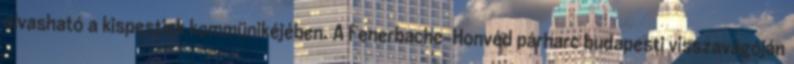
olvasható a kispestiek kommünikéjében. A Fenerbache-Honvéd párharc budapesti visszavágóján